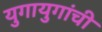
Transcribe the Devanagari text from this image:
युगायुगांची